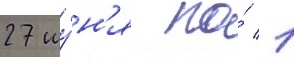
27 иу́н'я по́ 1